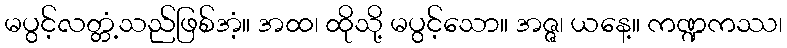
မပွင့်လတ္တံ့သည်ဖြစ်အံ့။ အထ၊ ထိုသို့ မပွင့်သော။ အဇ္ဇ၊ ယနေ့။ ကဏ္ဍကဿ၊